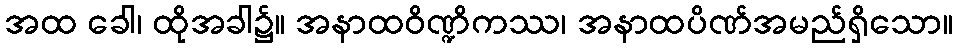
အထ ခေါ၊ ထိုအခါ၌။ အနာထဝိဏ္ဍိကဿ၊ အနာထပိဏ်အမည်ရှိသော။